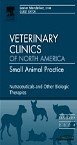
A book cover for Veterinary Clinics of North America: Small Animal Practice: Current Issues in Cardiology, September 2004, 34:5 (Veterinary Clinics of North America, 34:5 September 2004); Medical Books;